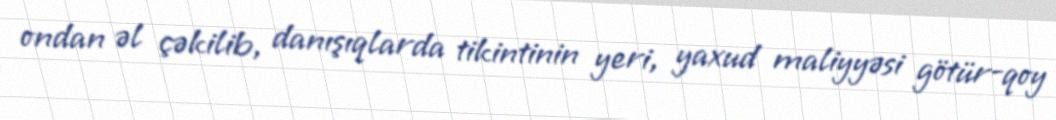
ondan əl çəkilib, danışıqlarda tikintinin yeri, yaxud maliyyəsi götür-qoy